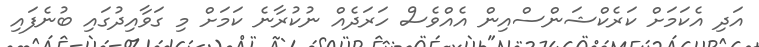
އަދި އެކަމަށް ކަރެކްޝަންސްއިން އެއްވެސް ހަރަދެއް ނުކުރާނެ ކަަމަށް މި ގަވާއިދުގައި ބުނެފައި